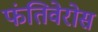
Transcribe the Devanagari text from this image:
फंतिवेरोस